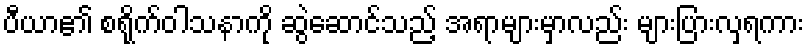
ပီယာ၏ စရိုက်ဝါသနာကို ဆွဲဆောင်သည့် အရာများမှာလည်း များပြားလှရကား